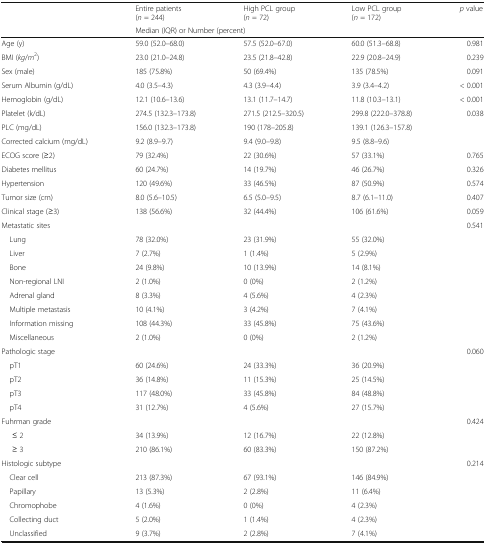
<table><thead><tr><td rowspan="2"></td><td><b>Entire patients (<i>n</i> = 244)</b></td><td><b>High PCL group (<i>n</i> = 72)</b></td><td><b>Low PCL group (<i>n</i> = 172)</b></td><td><b><i>p</i> value</b></td></tr><tr><td colspan="4"><b>Median (IQR) or Number (percent)</b></td></tr></thead><tbody><tr><td>Age (y)</td><td>59.0 (52.0–68.0)</td><td>57.5 (52.0–67.0)</td><td>60.0 (51.3–68.8)</td><td>0.981</td></tr><tr><td>BMI (<i>kg</i>/<i>m</i><sup>2</sup>)</td><td>23.0 (21.0–24.8)</td><td>23.5 (21.8–42.8)</td><td>22.9 (20.8–24.9)</td><td>0.239</td></tr><tr><td>Sex (male)</td><td>185 (75.8%)</td><td>50 (69.4%)</td><td>135 (78.5%)</td><td>0.091</td></tr><tr><td>Serum Albumin (g/dL)</td><td>4.0 (3.5–4.3)</td><td>4.3 (3.9–4.4)</td><td>3.9 (3.4–4.2)</td><td>&lt; 0.001</td></tr><tr><td>Hemoglobin (g/dL)</td><td>12.1 (10.6–13.6)</td><td>13.1 (11.7–14.7)</td><td>11.8 (10.3–13.1)</td><td>&lt; 0.001</td></tr><tr><td>Platelet (k/dL)</td><td>274.5 (132.3–173.8)</td><td>271.5 (212.5–320.5)</td><td>299.8 (222.0–378.8)</td><td>0.038</td></tr><tr><td>PLC (mg/dL)</td><td>156.0 (132.3–173.8)</td><td>190 (178–205.8)</td><td>139.1 (126.3–157.8)</td><td></td></tr><tr><td>Corrected calcium (mg/dL)</td><td>9.2 (8.9–9.7)</td><td>9.4 (9.0–9.8)</td><td>9.5 (8.8–9.6)</td><td></td></tr><tr><td>ECOG score (≥2)</td><td>79 (32.4%)</td><td>22 (30.6%)</td><td>57 (33.1%)</td><td>0.765</td></tr><tr><td>Diabetes mellitus</td><td>60 (24.7%)</td><td>14 (19.7%)</td><td>46 (26.7%)</td><td>0.326</td></tr><tr><td>Hypertension</td><td>120 (49.6%)</td><td>33 (46.5%)</td><td>87 (50.9%)</td><td>0.574</td></tr><tr><td>Tumor size (cm)</td><td>8.0 (5.6–10.5)</td><td>6.5 (5.0–9.5)</td><td>8.7 (6.1–11.0)</td><td>0.407</td></tr><tr><td>Clinical stage (≥3)</td><td>138 (56.6%)</td><td>32 (44.4%)</td><td>106 (61.6%)</td><td>0.059</td></tr><tr><td>Metastatic sites</td><td></td><td></td><td></td><td>0.541</td></tr><tr><td> Lung</td><td>78 (32.0%)</td><td>23 (31.9%)</td><td>55 (32.0%)</td><td></td></tr><tr><td> Liver</td><td>7 (2.7%)</td><td>1 (1.4%)</td><td>5 (2.9%)</td><td></td></tr><tr><td> Bone</td><td>24 (9.8%)</td><td>10 (13.9%)</td><td>14 (8.1%)</td><td></td></tr><tr><td> Non-regional LNI</td><td>2 (1.0%)</td><td>0 (0%)</td><td>2 (1.2%)</td><td></td></tr><tr><td> Adrenal gland</td><td>8 (3.3%)</td><td>4 (5.6%)</td><td>4 (2.3%)</td><td></td></tr><tr><td> Multiple metastasis</td><td>10 (4.1%)</td><td>3 (4.2%)</td><td>7 (4.1%)</td><td></td></tr><tr><td> Information missing</td><td>108 (44.3%)</td><td>33 (45.8%)</td><td>75 (43.6%)</td><td></td></tr><tr><td> Miscellaneous</td><td>2 (1.0%)</td><td>0 (0%)</td><td>2 (1.2%)</td><td></td></tr><tr><td>Pathologic stage</td><td></td><td></td><td></td><td>0.060</td></tr><tr><td> pT1</td><td>60 (24.6%)</td><td>24 (33.3%)</td><td>36 (20.9%)</td><td></td></tr><tr><td> pT2</td><td>36 (14.8%)</td><td>11 (15.3%)</td><td>25 (14.5%)</td><td></td></tr><tr><td> pT3</td><td>117 (48.0%)</td><td>33 (45.8%)</td><td>84 (48.8%)</td><td></td></tr><tr><td> pT4</td><td>31 (12.7%)</td><td>4 (5.6%)</td><td>27 (15.7%)</td><td></td></tr><tr><td>Fuhrman grade</td><td></td><td></td><td></td><td>0.424</td></tr><tr><td>≤ 2</td><td>34 (13.9%)</td><td>12 (16.7%)</td><td>22 (12.8%)</td><td></td></tr><tr><td>≥ 3</td><td>210 (86.1%)</td><td>60 (83.3%)</td><td>150 (87.2%)</td><td></td></tr><tr><td>Histologic subtype</td><td></td><td></td><td></td><td>0.214</td></tr><tr><td> Clear cell</td><td>213 (87.3%)</td><td>67 (93.1%)</td><td>146 (84.9%)</td><td></td></tr><tr><td> Papillary</td><td>13 (5.3%)</td><td>2 (2.8%)</td><td>11 (6.4%)</td><td></td></tr><tr><td> Chromophobe</td><td>4 (1.6%)</td><td>0 (0%)</td><td>4 (2.3%)</td><td></td></tr><tr><td> Collecting duct</td><td>5 (2.0%)</td><td>1 (1.4%)</td><td>4 (2.3%)</td><td></td></tr><tr><td> Unclassified</td><td>9 (3.7%)</td><td>2 (2.8%)</td><td>7 (4.1%)</td><td></td></tr></tbody></table>